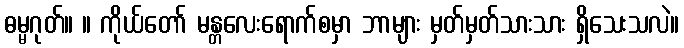
ဓမ္မဂုတ်။ ။ ကိုယ်တော် မန္တလေးရောက်စမှာ ဘာများ မှတ်မှတ်သားသား ရှိသေးသလဲ။